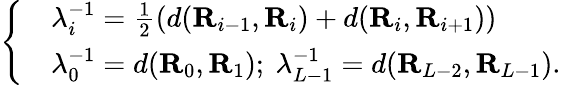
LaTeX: \left\{ \begin{array}{rl}&{\lambda_{i}^{-1}=\frac{1}{2}\left(d(\textbf{R}_{i-1},\textbf{R}_{i})+d(\textbf{R}_{i},\textbf{R}_{i+1}\right))}\\ &{\lambda_{0}^{-1}=d(\textbf{R}_{0},\textbf{R}_{1});~\lambda_{L-1}^{-1}=d(\textbf{R}_{L-2},\textbf{R}_{L-1}).}\end{array}\right.